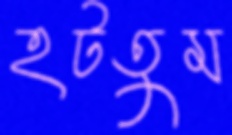
হটতুম